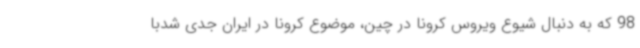
98 که به دنبال شیوع ویروس کرونا در چین، موضوع کرونا در ایران جدی شدبا